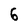
Character: 6